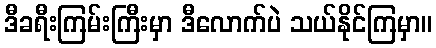
ဒီခရီးကြမ်းကြီးမှာ ဒီလောက်ပဲ သယ်နိုင်ကြမှာ။